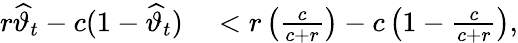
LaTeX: \begin{array}{rl}{r\widehat{\vartheta}_{t}-c(1-\widehat{\vartheta}_{t})}&{{}<r\left(\frac{c}{c+r}\right)-c\left(1-\frac{c}{c+r}\right),}\end{array}